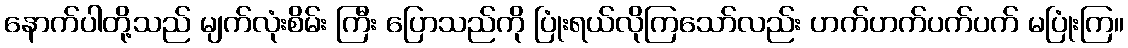
နောက်ပါတို့သည် မျက်လုံးစိမ်း ကြီး ပြောသည်ကို ပြုံးရယ်လိုကြသော်လည်း ဟက်ဟက်ပက်ပက် မပြုံးကြ။